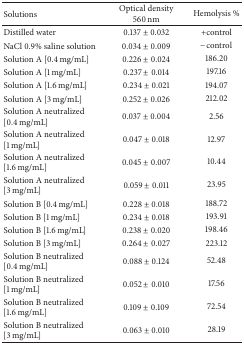
<table><thead><tr><td><b>Solutions</b></td><td><b>Optical density560 nm</b></td><td><b>Hemolysis %</b></td></tr></thead><tbody><tr><td>Distilled water </td><td>0.137 ± 0.032</td><td>+control</td></tr><tr><td>NaCl 0.9% saline solution</td><td>0.034 ± 0.009</td><td>−control</td></tr><tr><td>Solution A [0.4 mg/mL]</td><td>0.226 ± 0.024</td><td>186.20</td></tr><tr><td>Solution A [1 mg/mL]</td><td>0.237 ± 0.014</td><td>197.16</td></tr><tr><td>Solution A [1.6 mg/mL]</td><td>0.234 ± 0.021</td><td>194.07</td></tr><tr><td>Solution A [3 mg/mL]</td><td>0.252 ± 0.026</td><td>212.02</td></tr><tr><td>Solution A neutralized [0.4 mg/mL]</td><td>0.037 ± 0.004</td><td>2.56</td></tr><tr><td>Solution A neutralized [1 mg/mL]</td><td>0.047 ± 0.018</td><td>12.97</td></tr><tr><td>Solution A neutralized [1.6 mg/mL]</td><td>0.045 ± 0.007</td><td>10.44</td></tr><tr><td>Solution A neutralized [3 mg/mL]</td><td>0.059 ± 0.011</td><td>23.95</td></tr><tr><td>Solution B [0.4 mg/mL]</td><td>0.228 ± 0.018</td><td>188.72</td></tr><tr><td>Solution B [1 mg/mL]</td><td>0.234 ± 0.018</td><td>193.91</td></tr><tr><td>Solution B [1.6 mg/mL]</td><td>0.238 ± 0.020</td><td>198.46</td></tr><tr><td>Solution B [3 mg/mL]</td><td>0.264 ± 0.027</td><td>223.12</td></tr><tr><td>Solution B neutralized [0.4 mg/mL]</td><td>0.088 ± 0.124</td><td>52.48</td></tr><tr><td>Solution B neutralized [1 mg/mL]</td><td>0.052 ± 0.010</td><td>17.56</td></tr><tr><td>Solution B neutralized [1.6 mg/mL]</td><td>0.109 ± 0.109</td><td>72.54</td></tr><tr><td>Solution B neutralized [3 mg/mL]</td><td>0.063 ± 0.010</td><td>28.19</td></tr></tbody></table>